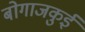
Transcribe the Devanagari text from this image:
बोगाजकुई